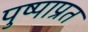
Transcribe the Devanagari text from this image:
पुष्पाप्रत